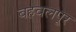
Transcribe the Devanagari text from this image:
बहवलपूर